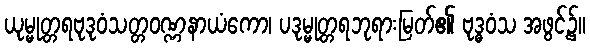
ယုမ္မုတ္တရဗုဒုဝံသတ္တဝဏ္ဏနာယံကော၊ ပဒုမ္မုတ္တရဘုရားမြတ်၏ ဗုဒ္ဓဝံသ အဖွင့်၌။